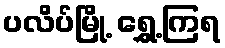
ပလိပ်မြို့ ရွှေ့ကြရ